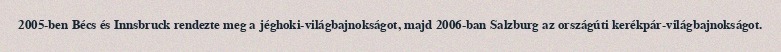
2005-ben Bécs és Innsbruck rendezte meg a jéghoki-világbajnokságot, majd 2006-ban Salzburg az országúti kerékpár-világbajnokságot.